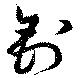
釗